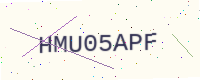
Text: HMU05APF